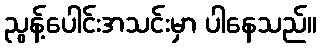
ညွန့်ပေါင်းအသင်းမှာ ပါနေသည်။